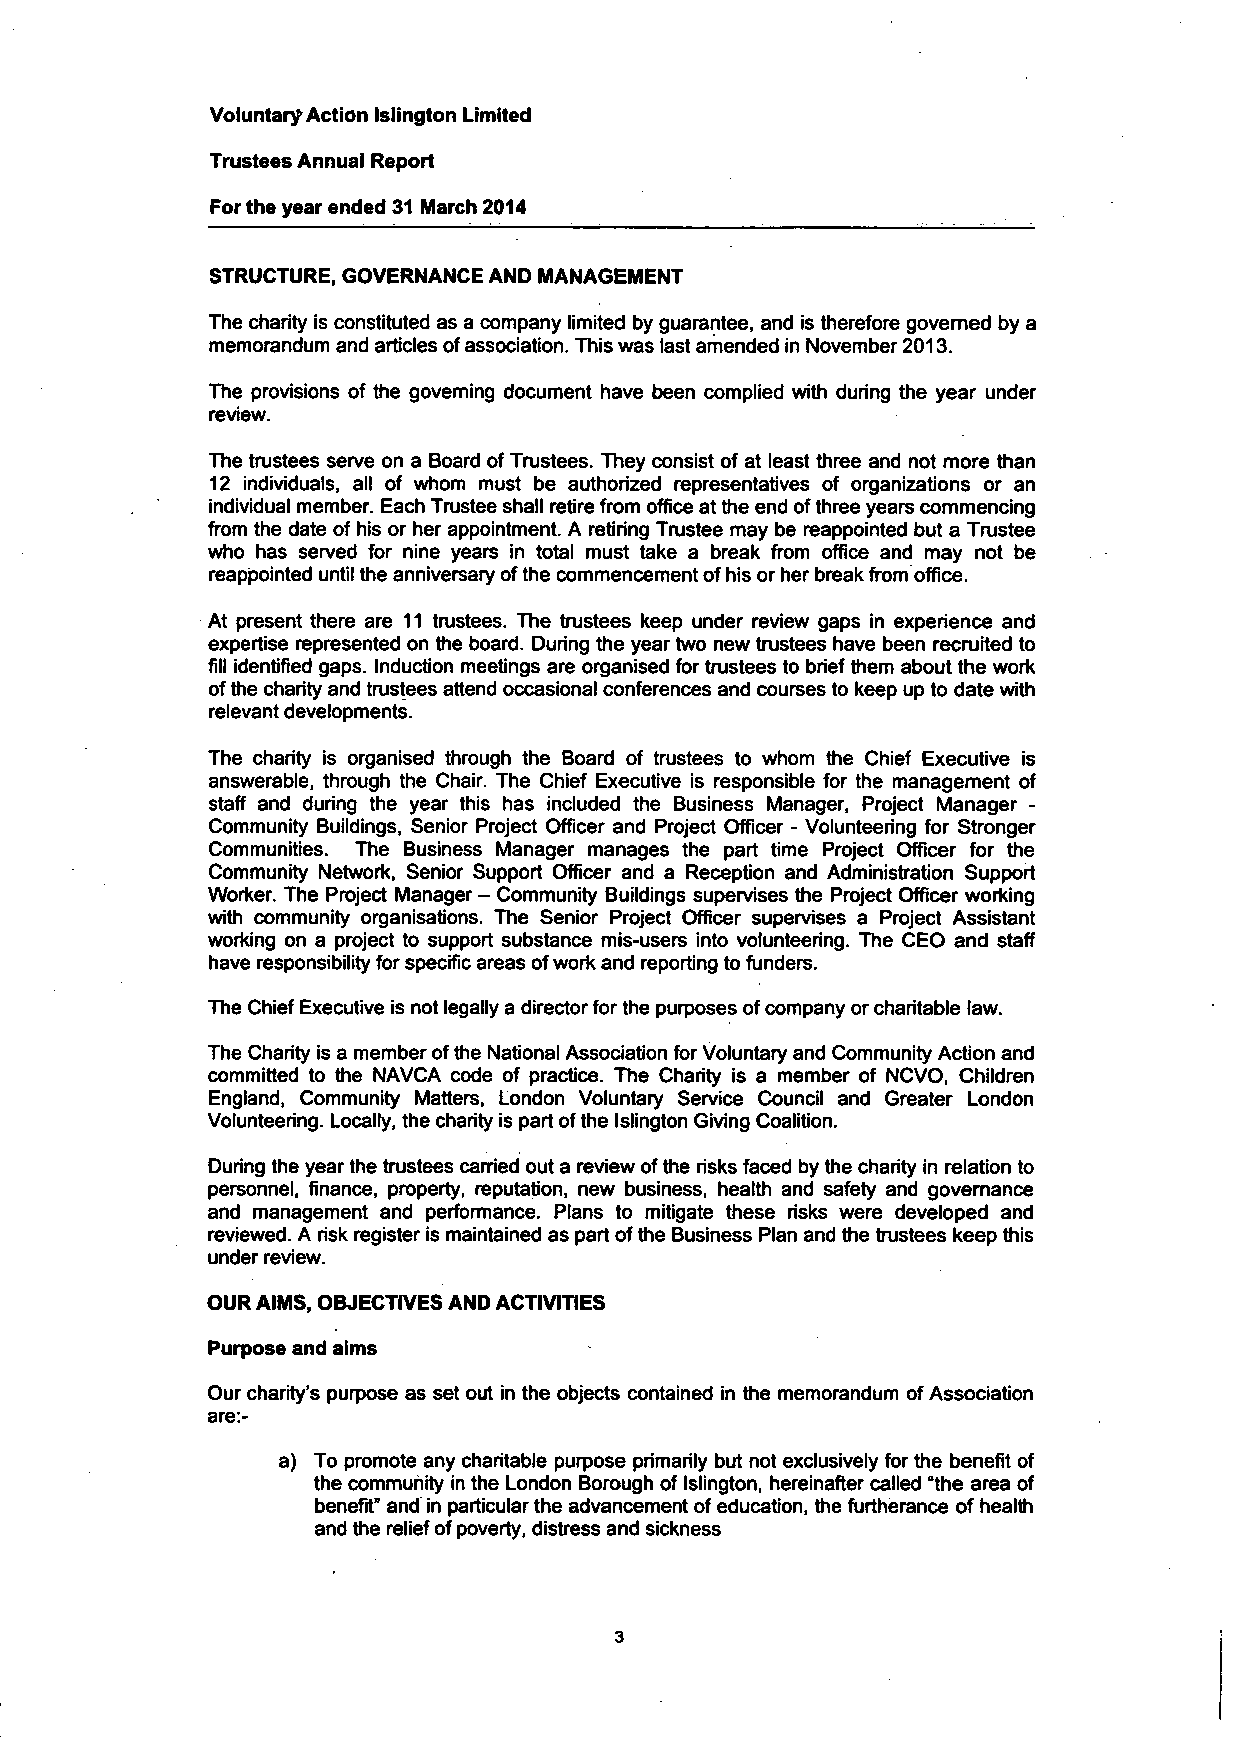
Voluntary Action Islington Limited
 Trustees Annual Report
 For the year ended 31 March 2014
 STRUCTURE, GOVERNANCE AND MANAGEMENT
 The charity is constituted as a company limited by guarantee, and is therefore governed by a
 memorandum and articles of association. This was last amended in November 2013.
 The provisions of the governing document have been complied with during the year under
 review.
 The trustees serve on a Board of Trustees. They consist of at least three and not more than
 12 individuals, all of whom must be authorized representatives of organizations or an
 individual member. Each Trustee shall retire from office at the end of three years commencing
 from the date of his or her appointment. A retiring Trustee may be reappointed but a Trustee
 who has served for nine years in total must take a break from office and may not be
 reappointed until the anniversary of the commencement of his or her break from office.
 At present there are 11 trustees. The trustees keep under review gaps in experience and
 expertise represented on the board. During the year two new trustees have been recruited to
 fill identified gaps. Induction meetings are organised for trustees to brief them about the work
 of the charity and trustees attend occasional conferences and courses to keep up to date with
 relevant developments.
 The charity is organised through the Board of trustees to whom the Chief Executive is
 answerable, through the Chair. The Chief Executive is responsible for the management of
 staff and during the year this has included the Business Manager, Project Manager -
 Community Buildings, Senior Project Officer and Project Officer - Volunteering for Stronger
 Communities. The Business Manager manages the part time Project Officer for the
 Community Network, Senior Support Officer and a Reception and Administration Support
 Worker. The Project Manager - Community Buildings supervises the Project Officer working
 with community organisations. The Senior Project Officer supervises a Project Assistant
 working on a project to support substance mis-users into volunteering. The CEO and staff
 have responsibility for specific areas of work and reporting to funders.
 The Chief Executive is not legally a director for the purposes of company or charitable law.
 The Charity is a member of the National Association for Voluntary and Community Action and
 committed to the NAVCA code of practice. The Charity is a member of NCVO, Children
 England, Community Matters, London Voluntary Service Council and Greater London
 Volunteering. Locally, the charity is part of the Islington Giving Coalition.
 During the year the trustees carried out a review of the risks faced by the charity in relation to
 personnel, finance, property, reputation, new business, health and safety and governance
 and management and performance. Plans to mitigate these risks were developed and
 reviewed. A risk register is maintained as part of the Business Plan and the trustees keep this
 under review.
 OUR AIMS, OBJECTIVES AND ACTIVITIES
 Purpose and aims
 Our charity's purpose as set out in the objects contained in the memorandum of Association
 are:-
 a) To promote any charitable purpose primarily but not exclusively for the benefit of
 the community in the London Borough of Islington, hereinafter called "the area of
 benefit" and in particular the advancement of education, the furtherance of health
 and the relief of poverty, distress and sickness
 3